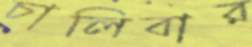
চালিবার